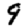
Digit: 9